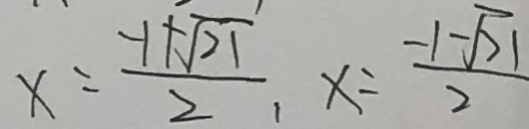
x = \frac { - 1 + \sqrt { 2 1 } } { 2 } , x = \frac { - 1 - \sqrt { 2 1 } } { 2 }